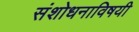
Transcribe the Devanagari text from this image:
संशोधनाविषयी